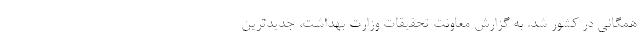
همگانی در کشور شد. به گزارش معاونت تحقیقات وزارت بهداشت، جدیدترین